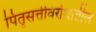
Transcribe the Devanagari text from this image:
पितृसत्तेविरोधातील